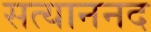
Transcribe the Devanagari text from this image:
सत्याननद